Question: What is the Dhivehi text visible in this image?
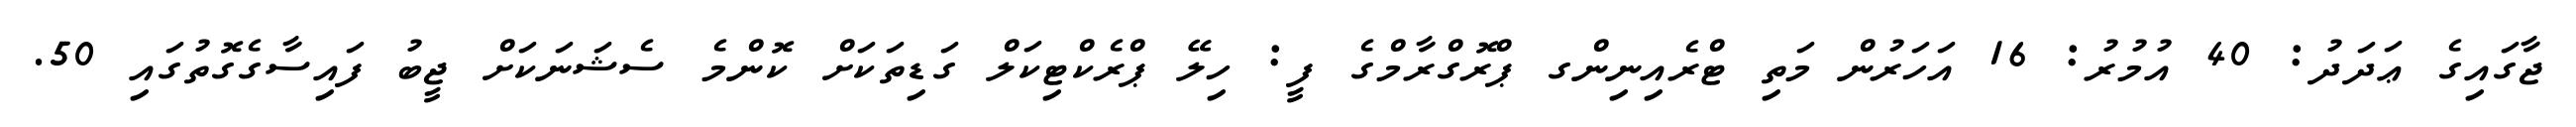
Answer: ޖާގައިގެ ޢަދަދު: 40 އުމުރު: 16 އަހަރުން މަތި ޓްރެއިނިންގ ޕްރޮގްރާމްގެ ފީ: ހިލޭ ޕްރެކްޓިކަލް ގަޑިތަކަށް ކޮންމެ ސެޝަނަކަށް ޖީބު ފައިސާގެގޮތުގައި 50.